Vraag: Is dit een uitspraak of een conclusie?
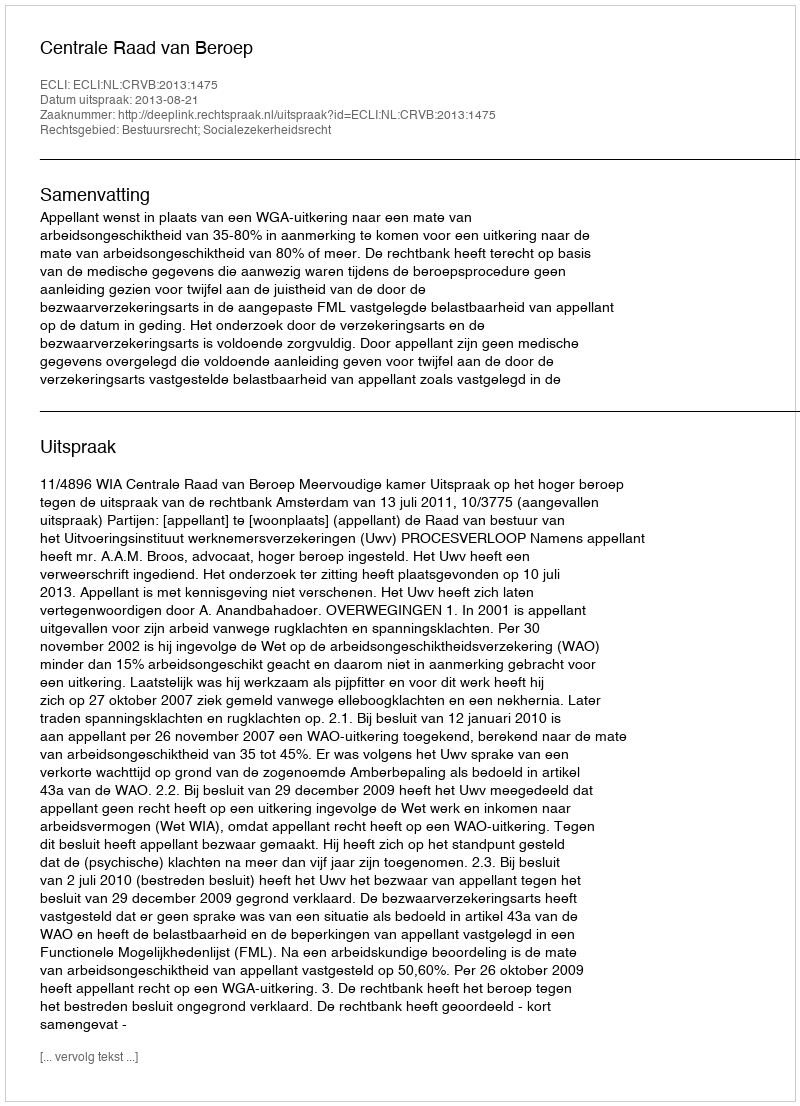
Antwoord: Uitspraak